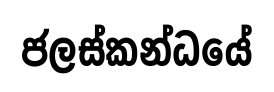
ජලස්කන්ධයේ